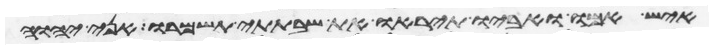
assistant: איש אמו ואביו תיראו ואת שבתתי תשמרו אני יהוה